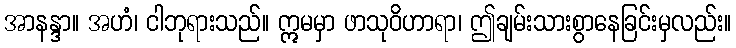
အာနန္ဒာ။ အဟံ၊ ငါဘုရားသည်။ ဣမမှာ ဖာသုဝိဟာရာ၊ ဤချမ်းသားစွာနေခြင်းမှလည်း။